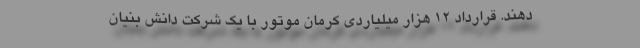
‌دهند. قرارداد 12 هزار میلیاردی کرمان موتور با یک شرکت دانش بنیان